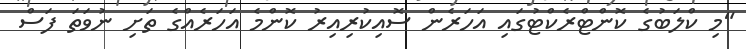
"މި ކްލަބުގެ ކޮންޓްރެކްޓުގައި އަހަރެން ސޮއިކުރިއިރު ކޮންމެ އަހަރެއްގެ ތަށި ނުވަތަ ފަސް